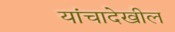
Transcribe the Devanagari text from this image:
यांचादेखील